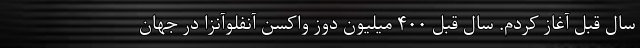
سال قبل آغاز کردم. سال قبل ۴۰۰ میلیون دوز واکسن آنفلوآنزا در جهان